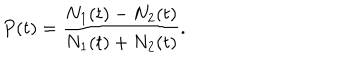
P ( t ) = \frac { N _ { 1 } ( t ) - N _ { 2 } ( t ) } { N _ { 1 } ( t ) + N _ { 2 } ( t ) } .